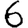
Digit: 6